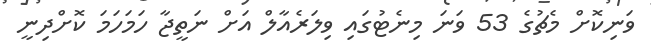
ވަނިކޮށް މެޗުގެ 53 ވަނަ މިނެޓުގައި ވިލަރެއާލް އަށް ނަތީޖާ ހަމަހަމަ ކޮށްދިނީ